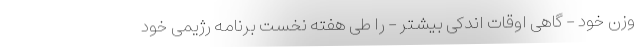
وزن خود - گاهی اوقات اندکی بیشتر - را طی هفته نخست برنامه رژیمی خود